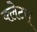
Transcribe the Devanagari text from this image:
क्लेटस